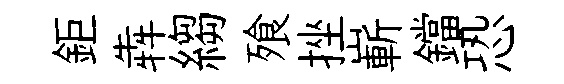
鉅犇縐飱挫嶄鐺恐